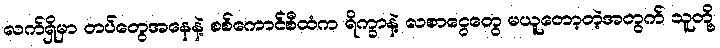
လက်ရှိမှာ တပ်တွေအနေနဲ့ စစ်ကောင်စီထံက ရိက္ခာနဲ့ လစာငွေတွေ မယူတော့တဲ့အတွက် သူတို့